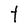
Character: t